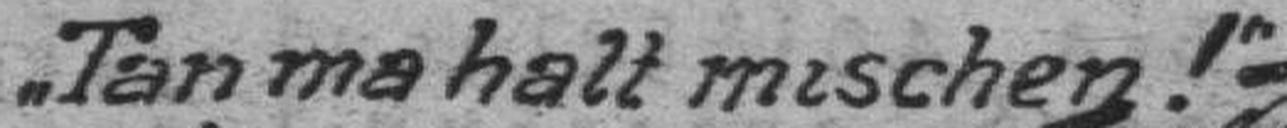
„Tan ma halt mischen!“